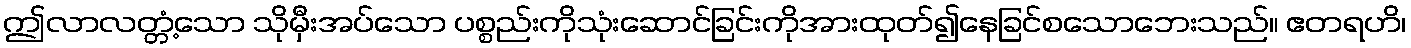
ဤလာလတ္တံ့သော သိုမှီးအပ်သော ပစ္စည်းကိုသုံးဆောင်ခြင်းကိုအားထုတ်၍နေခြင်စသောဘေးသည်။ ဧတရဟိ၊